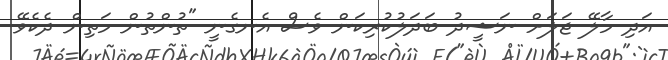
އަދި މާލޭ ޖަލަށް ނަޝީދު ބަދަލުކުރިކަން ވެސް އެނގެނީ "ތުންތުން މަތިން ދެކެވޭ